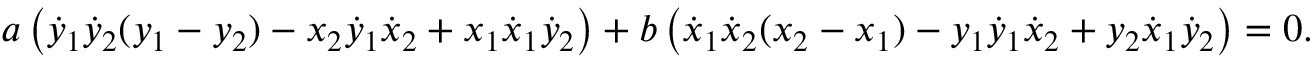
a \left( { \dot { y } } _ { 1 } { \dot { y } } _ { 2 } ( y _ { 1 } - y _ { 2 } ) - x _ { 2 } { \dot { y } } _ { 1 } { \dot { x } } _ { 2 } + x _ { 1 } { \dot { x } } _ { 1 } { \dot { y } } _ { 2 } \right) + b \left( { \dot { x } } _ { 1 } { \dot { x } } _ { 2 } ( x _ { 2 } - x _ { 1 } ) - y _ { 1 } { \dot { y } } _ { 1 } { \dot { x } } _ { 2 } + y _ { 2 } { \dot { x } } _ { 1 } { \dot { y } } _ { 2 } \right) = 0 .